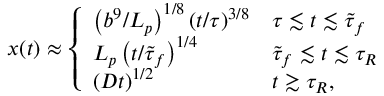
x ( t ) \approx \left\{ \begin{array} { l l } { \left( { b ^ { 9 } } / { L _ { p } } \right) ^ { 1 / 8 } \left( t / { \tau } \right) ^ { 3 / 8 } } & { \tau \lesssim t \lesssim \tilde { \tau } _ { f } } \\ { L _ { p } \left( t / { \tilde { \tau } _ { f } } \right) ^ { 1 / 4 } } & { \tilde { \tau } _ { f } \lesssim t \lesssim \tau _ { R } } \\ { ( D t ) ^ { 1 / 2 } } & { t \gtrsim \tau _ { R } , } \end{array} \right.